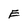
Character: E